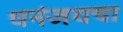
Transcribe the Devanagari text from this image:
धनंजयचा